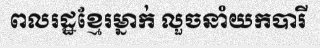
ពលរដ្ឋខ្មែរម្នាក់ លួចនាំយកបារី